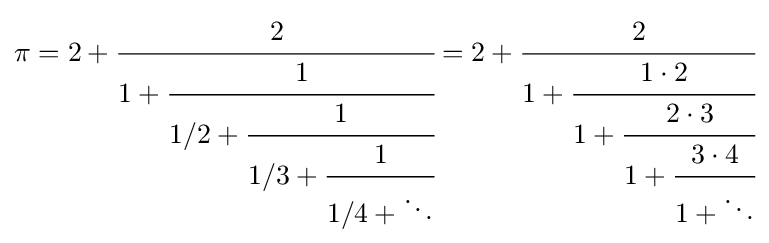
\displaystyle \pi =2+{\cfrac {2}{1+{\cfrac {1}{1/2+{\cfrac {1}{1/3+{\cfrac {1}{1/4+\ddots }}}}}}}}=2+{\cfrac {2}{1+{\cfrac {1\cdot 2}{1+{\cfrac {2\cdot 3}{1+{\cfrac {3\cdot 4}{1+\ddots }}}}}}}}